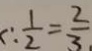
: \frac { 1 } { 2 } = \frac { 2 } { 3 }